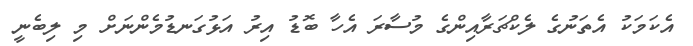
އެކަމަކު އެތަނުގެ ލެކްޗަރާއިންގެ މުސާރަ އެހާ ބޮޑު އިރު އަޅުގަނޑުމެންނަށް މި ލިބެނީ